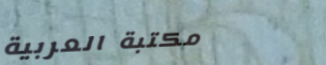
مكتبة العربية